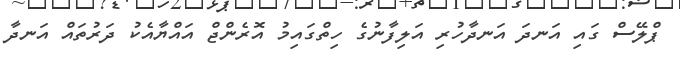
ޕްލޭސް ގައި އަނދަ އަނދާހުރި އަލިފާނުގެ ހިތްގައިމު އޮރެންޖް އައްޔާއެކު ދަރުތައް އަނދާ